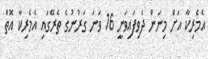
އެމެރިކާ އަށް މިނަން ދެވިފައިވަނީ 16 ވަނަ ގަރުނުގެ ތެރޭގައި އެމެރިކާ އޮތް